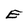
Character: E